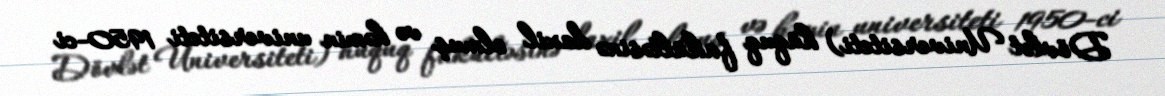
Dövlət Universiteti) hüquq fakültəsinə daxil olmuş və həmin universiteti 1950-ci